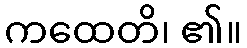
ကထေတိ၊ ၏။